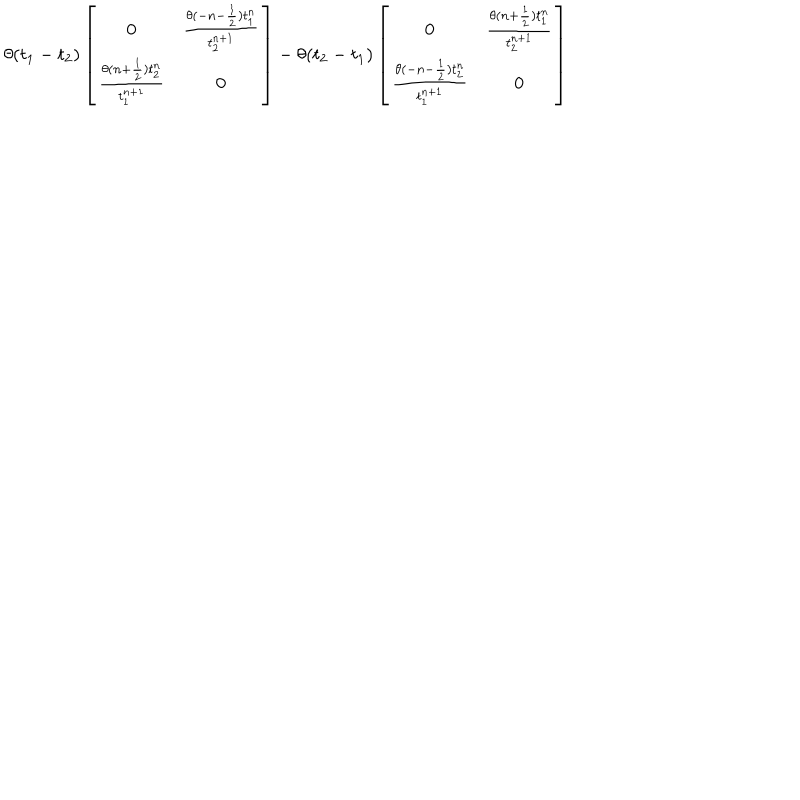
\theta ( t _ { 1 } - t _ { 2 } ) \left[ \begin{array} { c c } { { 0 } } & { { \frac { \theta ( - n - \frac 1 2 ) t _ { 1 } ^ { n } } { t _ { 2 } ^ { n + 1 } } } } \\ { { \frac { \theta ( n + \frac 1 2 ) t _ { 2 } ^ { n } } { t _ { 1 } ^ { n + 1 } } } } & { { 0 } } \\ \end{array} \right] - \theta ( t _ { 2 } - t _ { 1 } ) \left[ \begin{array} { c c } { { 0 } } & { { \frac { \theta ( n + \frac 1 2 ) t _ { 1 } ^ { n } } { t _ { 2 } ^ { n + 1 } } } } \\ { { \frac { \theta ( - n - \frac 1 2 ) t _ { 2 } ^ { n } } { t _ { 1 } ^ { n + 1 } } } } & { { 0 } } \\ \end{array} \right]